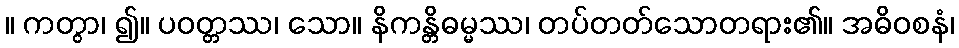
။ ကတွာ၊ ၍။ ပဝတ္တဿ၊ သော။ နိကန္တိဓမ္မဿ၊ တပ်တတ်သောတရား၏။ အဓိဝစနံ၊